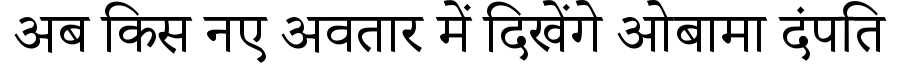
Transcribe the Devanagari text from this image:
अब किस नए अवतार में दिखेंगे ओबामा दंपति